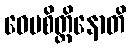
ဝေပစိတ္တိနောတိ